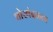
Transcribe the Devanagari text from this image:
चोखंदळता